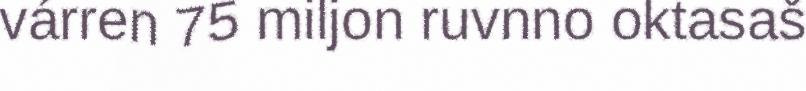
várren 75 miljon ruvnno oktasaš